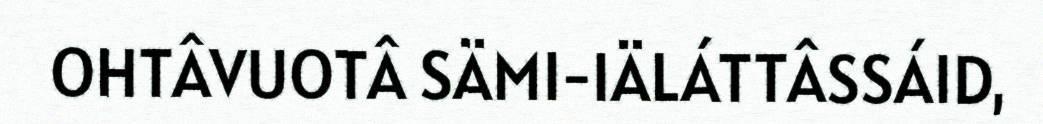
OHTÂVUOTÂ SÄMI-IÄLÁTTÂSSÁID,